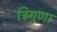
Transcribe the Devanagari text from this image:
त्रिगुणा